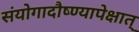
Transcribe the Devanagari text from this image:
संयोगादौष्ण्यापेक्षात्